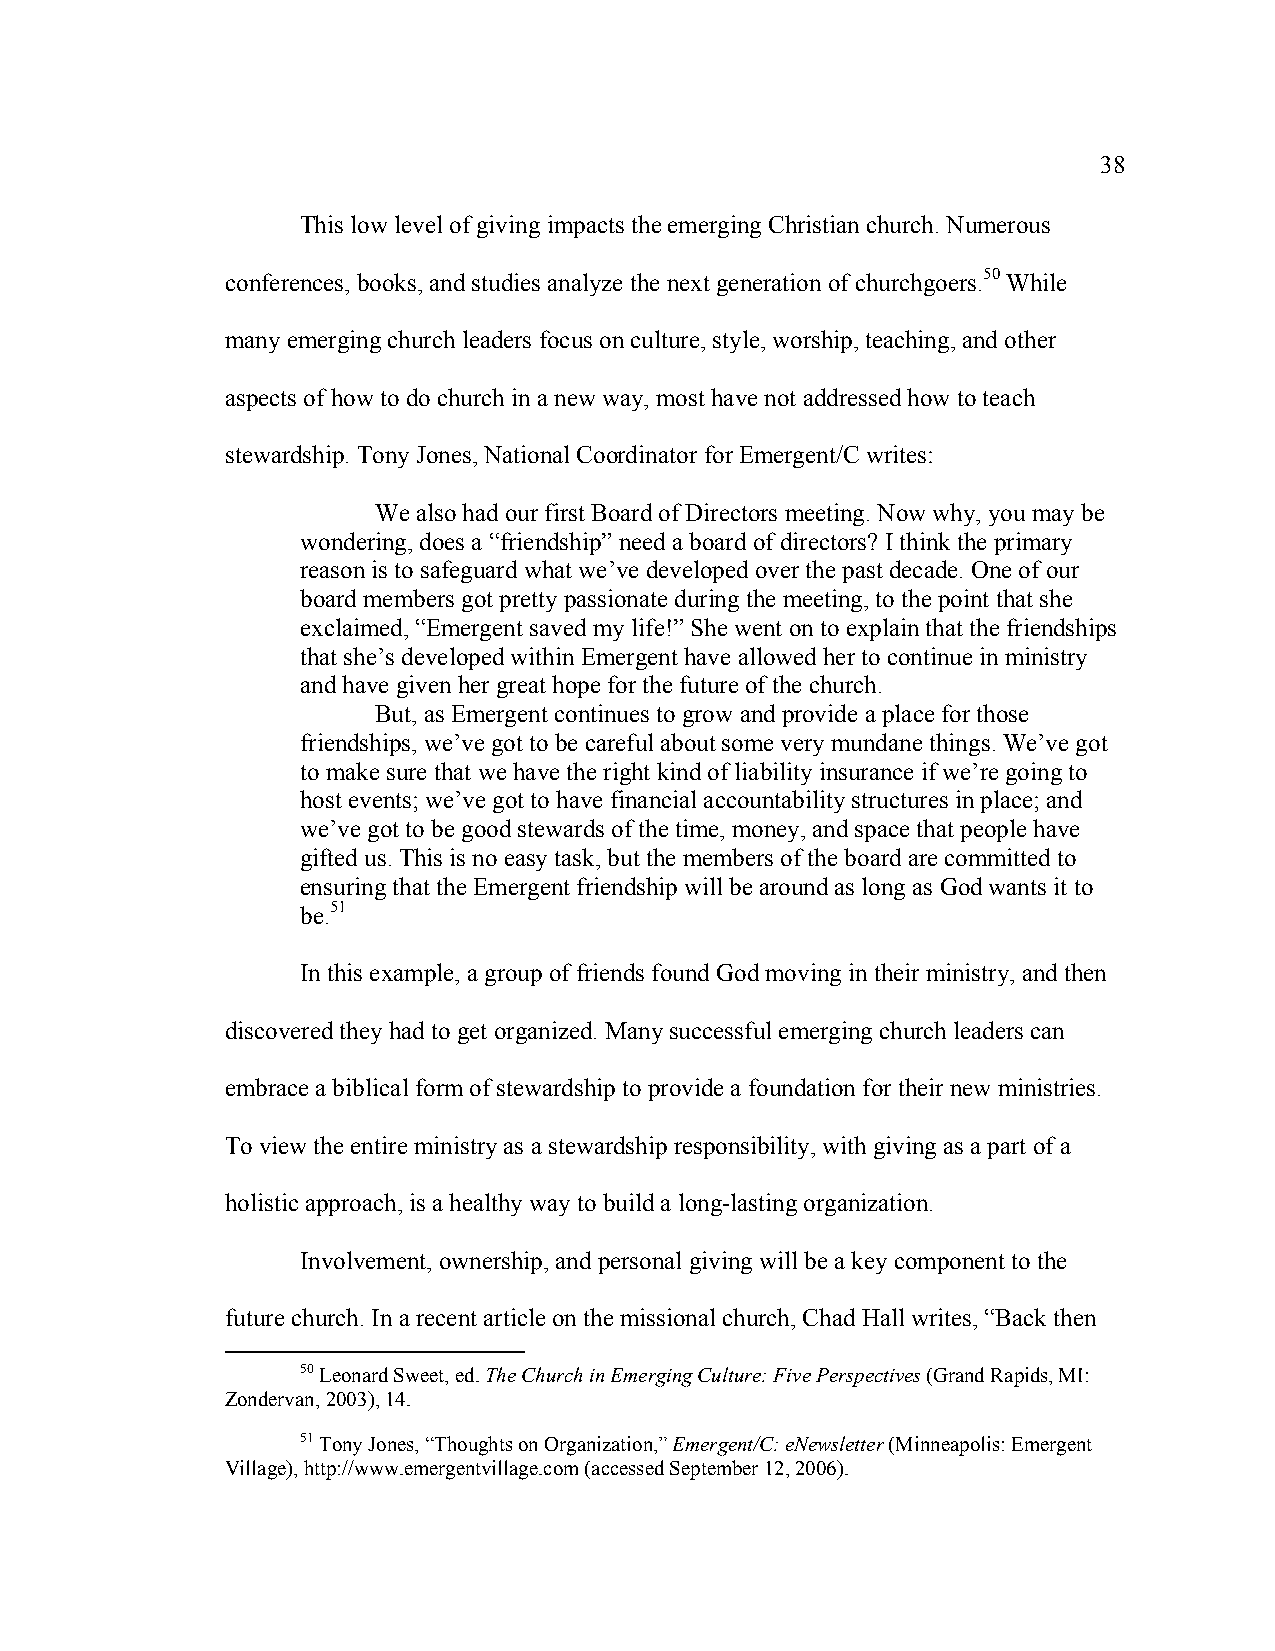
38
 This low level of giving impacts the emerging Christian church. Numerous
 conferences, books, and studies analyze the next generation of churchgoers.50 While
 many emerging church leaders focus on culture, style, worship, teaching, and other
 aspects of how to do church in a new way, most have not addressed how to teach
 stewardship. Tony Jones, National Coordinator for Emergent/C writes:
 We also had our first Board of Directors meeting. Now why, you may be
 wondering, does a “friendship” need a board of directors? I think the primary
 reason is to safeguard what we’ve developed over the past decade. One of our
 board members got pretty passionate during the meeting, to the point that she
 exclaimed, “Emergent saved my life!” She went on to explain that the friendships
 that she’s developed within Emergent have allowed her to continue in ministry
 and have given her great hope for the future of the church.
 But, as Emergent continues to grow and provide a place for those
 friendships, we’ve got to be careful about some very mundane things. We’ve got
 to make sure that we have the right kind of liability insurance if we’re going to
 host events; we’ve got to have financial accountability structures in place; and
 we’ve got to be good stewards of the time, money, and space that people have
 gifted us. This is no easy task, but the members of the board are committed to
 ensuring that the Emergent friendship will be around as long as God wants it to
 be.51
 In this example, a group of friends found God moving in their ministry, and then
 discovered they had to get organized. Many successful emerging church leaders can
 embrace a biblical form of stewardship to provide a foundation for their new ministries.
 To view the entire ministry as a stewardship responsibility, with giving as a part of a
 holistic approach, is a healthy way to build a long-lasting organization.
 Involvement, ownership, and personal giving will be a key component to the
 future church. In a recent article on the missional church, Chad Hall writes, “Back then
 50 Leonard Sweet, ed. The Church in Emerging Culture: Five Perspectives (Grand Rapids, MI:
 Zondervan, 2003), 14.
 51 Tony Jones, “Thoughts on Organization,” Emergent/C: eNewsletter (Minneapolis: Emergent
 Village), http://www.emergentvillage.com (accessed September 12, 2006).